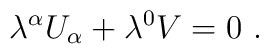
\lambda^{\alpha}U_{\alpha}+\lambda^{0} V  =0\ .